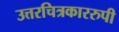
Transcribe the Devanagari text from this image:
उत्तरचित्रकाररुपी